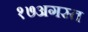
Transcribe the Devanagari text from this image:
१७अगस्त